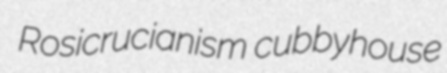
Rosicrucianism cubbyhouse